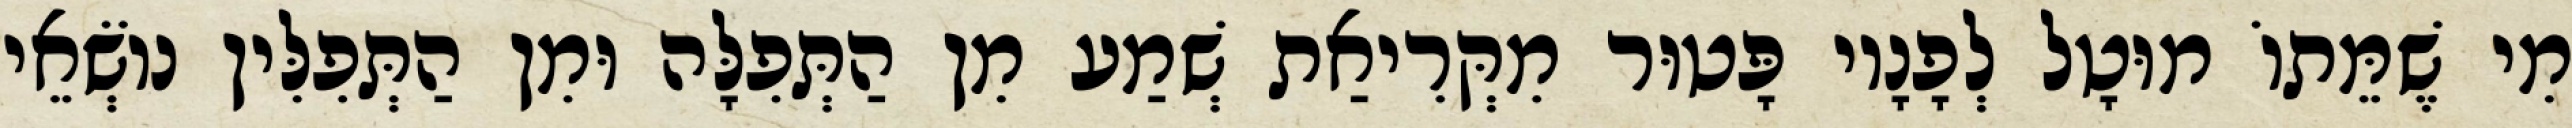
מִי שֶׁמֵּתוֹ מוּטָל לְפָנָיו פָּטוּר מִקְּרִיאַת שְׁמַע מִן הַתְּפִלָּה וּמִן הַתְּפִלִּין נוֹשְׂאֵי